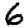
Digit: 6